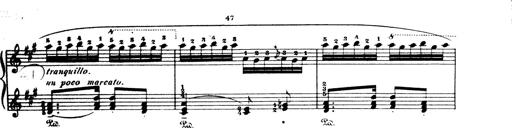
Title: Wagner-Liszt Album
Composer: Franz Liszt